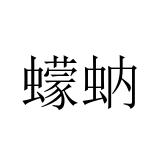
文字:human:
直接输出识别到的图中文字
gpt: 蠓蚋